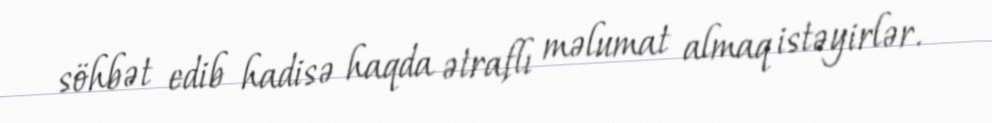
söhbət edib hadisə haqda ətraflı məlumat almaq istəyirlər.